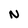
Character: N